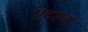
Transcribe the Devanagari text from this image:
एटएम